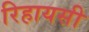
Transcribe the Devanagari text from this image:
रिहायसी